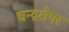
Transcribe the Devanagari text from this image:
चन्द्रशेषर